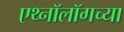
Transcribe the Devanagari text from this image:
एथ्नॉलॉगच्या